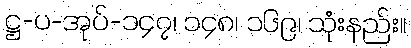
ဋ္ဌ-ပ-အုပ်-၁၄၇၊ ၁၄၈၊ ၁၆၉၊ သုံးနည်း။